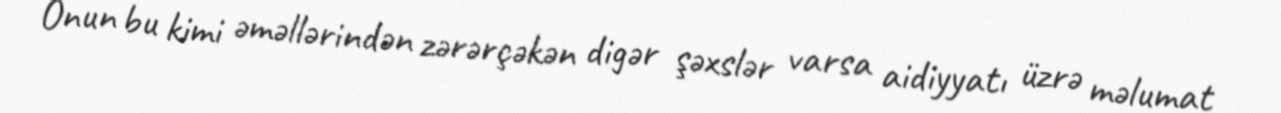
Onun bu kimi əməllərindən zərərçəkən digər şəxslər varsa aidiyyatı üzrə məlumat